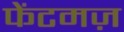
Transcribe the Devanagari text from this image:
फेंटमज़